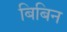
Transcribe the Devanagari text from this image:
बिबिन